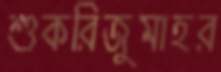
শুকরিজুমাহর